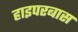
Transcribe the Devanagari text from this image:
हाइपरबास